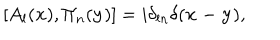
[ A _ { l } ( { \bf x } ) , \Pi _ { n } ( { \bf y } ) ] = i \delta _ { l n } \delta ( { \bf x - y } ) ,